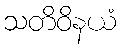
သတိဝိနယံ